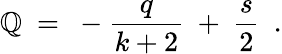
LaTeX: \mathbb{Q}\ =\ -\frac{{q}}{{k+2}}\ +\ \frac{{s}}{{2}}\ \ .